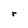
Character: r